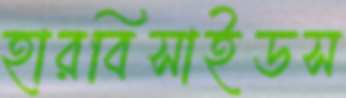
হারবিসাইডস